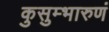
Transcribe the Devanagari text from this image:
कुसुम्भारुणं